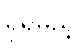
ရှိရမည့်